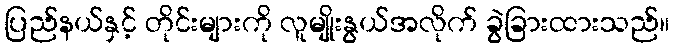
ပြည်နယ်နှင့် တိုင်းများကို လူမျိုးနွယ်အလိုက် ခွဲခြားထားသည်။